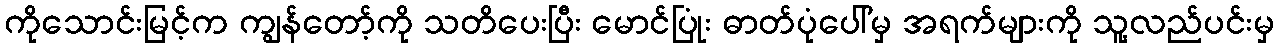
ကိုသောင်းမြင့်က ကျွန်တော့်ကို သတိပေးပြီး မောင်ပြုံး ဓာတ်ပုံပေါ်မှ အရက်များကို သူ့လည်ပင်းမှ